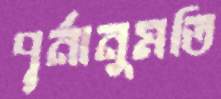
পূর্নানুমতি